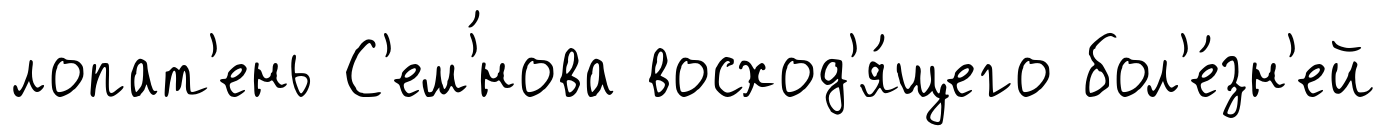
лопат'ень С'ем'́нова восход'я́щего бол'е́зн'ей